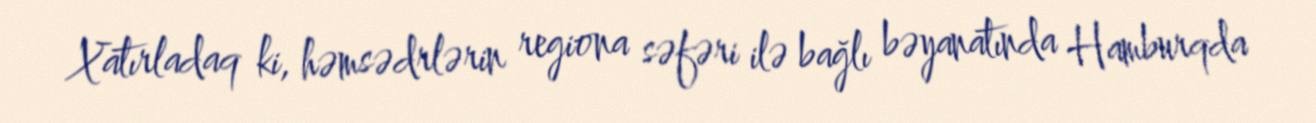
Xatırladaq ki, həmsədrlərin regiona səfəri ilə bağlı bəyanatında Hamburqda